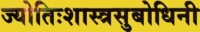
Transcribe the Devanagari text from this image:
ज्योतिःशास्त्रसुबोधिनी